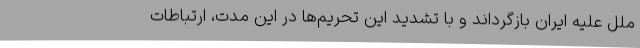
ملل علیه ایران بازگرداند و با تشدید این تحریم‌ها در این مدت، ارتباطات